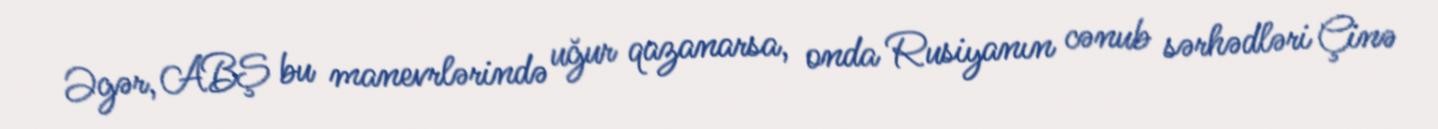
Əgər, ABŞ bu manevrlərində uğur qazanarsa, onda Rusiyanın cənub sərhədləri Çinə